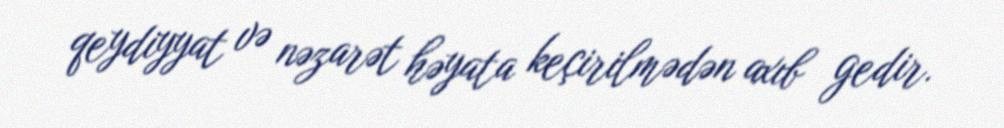
qeydiyyat və nəzarət həyata keçirilmədən axıb gedir.